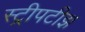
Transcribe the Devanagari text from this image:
स्ट्रीपटीझ